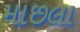
માછલા